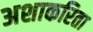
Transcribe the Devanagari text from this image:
अशाकरिता